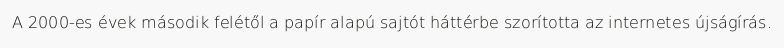
A 2000-es évek második felétől a papír alapú sajtót háttérbe szorította az internetes újságírás.